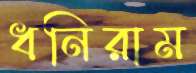
ধনিরাম